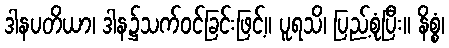
ဒါနပတိယာ၊ ဒါန၌သက်ဝင်ခြင်းဖြင့်။ ပူရသိ၊ ပြည့်စုံပြီး။ နိစ္စံ၊